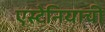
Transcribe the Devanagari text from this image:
एस्टेनियाची